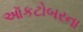
ઑકટોબરના